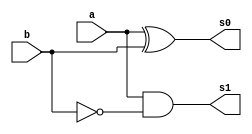
// ------------------------- 
// Exemplo0022 - diferenciador 
// Nome: Luhan Mairinck 
// ------------------------- 
// ------------------------- 
// diferenciador_gate 
// ------------------------- 

module MD (output  s0, output s1,
input  a, 
input  b);
wire nb;

not NOT1 (nb,b);
xor XOR1 (s0,a,b);
and AND1 (s1,a,nb);

endmodule//MD

module FD (output  s0, output s1,
input  a, 
input  b,
input  c);
wire x,y,z;

MD AD1 (x,y,a,b);
MD AD2 (s0,z,x,c);
and AND1 (s1,z,y);

endmodule//FD

module diferenciador (output  s0, output  s1, output  s2,
input  [2:0] a, 
input  [2:0] b,
input c);

wire o,m,n,w,p,q;

xor XOR1(o,b[0],c);
xor XOR2(m,a[1],c);
xor XOR3(n,b[2],c);
FD FD1(s0,w,a[0],o,c);
FD FD2(s1,p,b[1],m,w);
FD FD3(s2,q,a[2],n,p);

endmodule//diferenciador

module test_diferenciador; 
// ------------------------- definir dados 
reg [2:0] y,z;  
reg c;
wire g,h,i;
diferenciador modulo1 (g,h,i,y,z,c);
// ------------------------- parte principal 
initial begin 
$display("Exemplo0022 - Luhan Mairinck - 446987"); 
$display("Test LU's module"); 
y = 3'b000; z = 3'b000; c = 'b0;
// projetar testes do modulo 
#1 $monitor("%3b  %3b  %3b = %3b%3b%3b ",z,y,c,i,h,g);
#1 y = 3'b001; z = 3'b000; c = 'b0;
#1 y = 3'b001; z = 3'b001; c = 'b0;
#1 y = 3'b010; z = 3'b001; c = 'b0;
#1 y = 3'b010; z = 3'b010; c = 'b0;
#1 y = 3'b011; z = 3'b010; c = 'b0;
#1 y = 3'b011; z = 3'b011; c = 'b0;
#1 y = 3'b100; z = 3'b011; c = 'b0;
#1 y = 3'b100; z = 3'b100; c = 'b0;
#1 y = 3'b101; z = 3'b100; c = 'b0;
#1 y = 3'b101; z = 3'b101; c = 'b0;
#1 y = 3'b110; z = 3'b101; c = 'b0;
#1 y = 3'b110; z = 3'b110; c = 'b0;
#1 y = 3'b111; z = 3'b110; c = 'b0;
#1 y = 3'b111; z = 3'b111; c = 'b0;
#1 y = 3'b000; z = 3'b111; c = 'b0;
#1 y = 3'b000; z = 3'b000; c = 'b1;
#1 y = 3'b001; z = 3'b000; c = 'b1;
#1 y = 3'b001; z = 3'b001; c = 'b1;
#1 y = 3'b010; z = 3'b001; c = 'b1;
#1 y = 3'b010; z = 3'b010; c = 'b1;
#1 y = 3'b011; z = 3'b010; c = 'b1;
#1 y = 3'b011; z = 3'b011; c = 'b1;
#1 y = 3'b100; z = 3'b011; c = 'b1;
#1 y = 3'b100; z = 3'b100; c = 'b1;
#1 y = 3'b101; z = 3'b100; c = 'b1;
#1 y = 3'b101; z = 3'b101; c = 'b1;
#1 y = 3'b110; z = 3'b101; c = 'b1;
#1 y = 3'b110; z = 3'b110; c = 'b1;
#1 y = 3'b111; z = 3'b110; c = 'b1;
#1 y = 3'b111; z = 3'b111; c = 'b1;
end 
endmodule // test_diferenciador